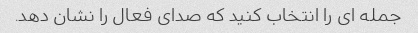
جمله ای را انتخاب کنید که صدای فعال را نشان دهد.